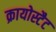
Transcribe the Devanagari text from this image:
क्रायोस्टैट